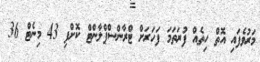
މަރުވެފައި އޮތް ހިތެއް ފުރަތަމަ ފަހަރަށް ޓްރާންސްޕްލާންޓް ކޮށްފި 43 މިނެޓް 36